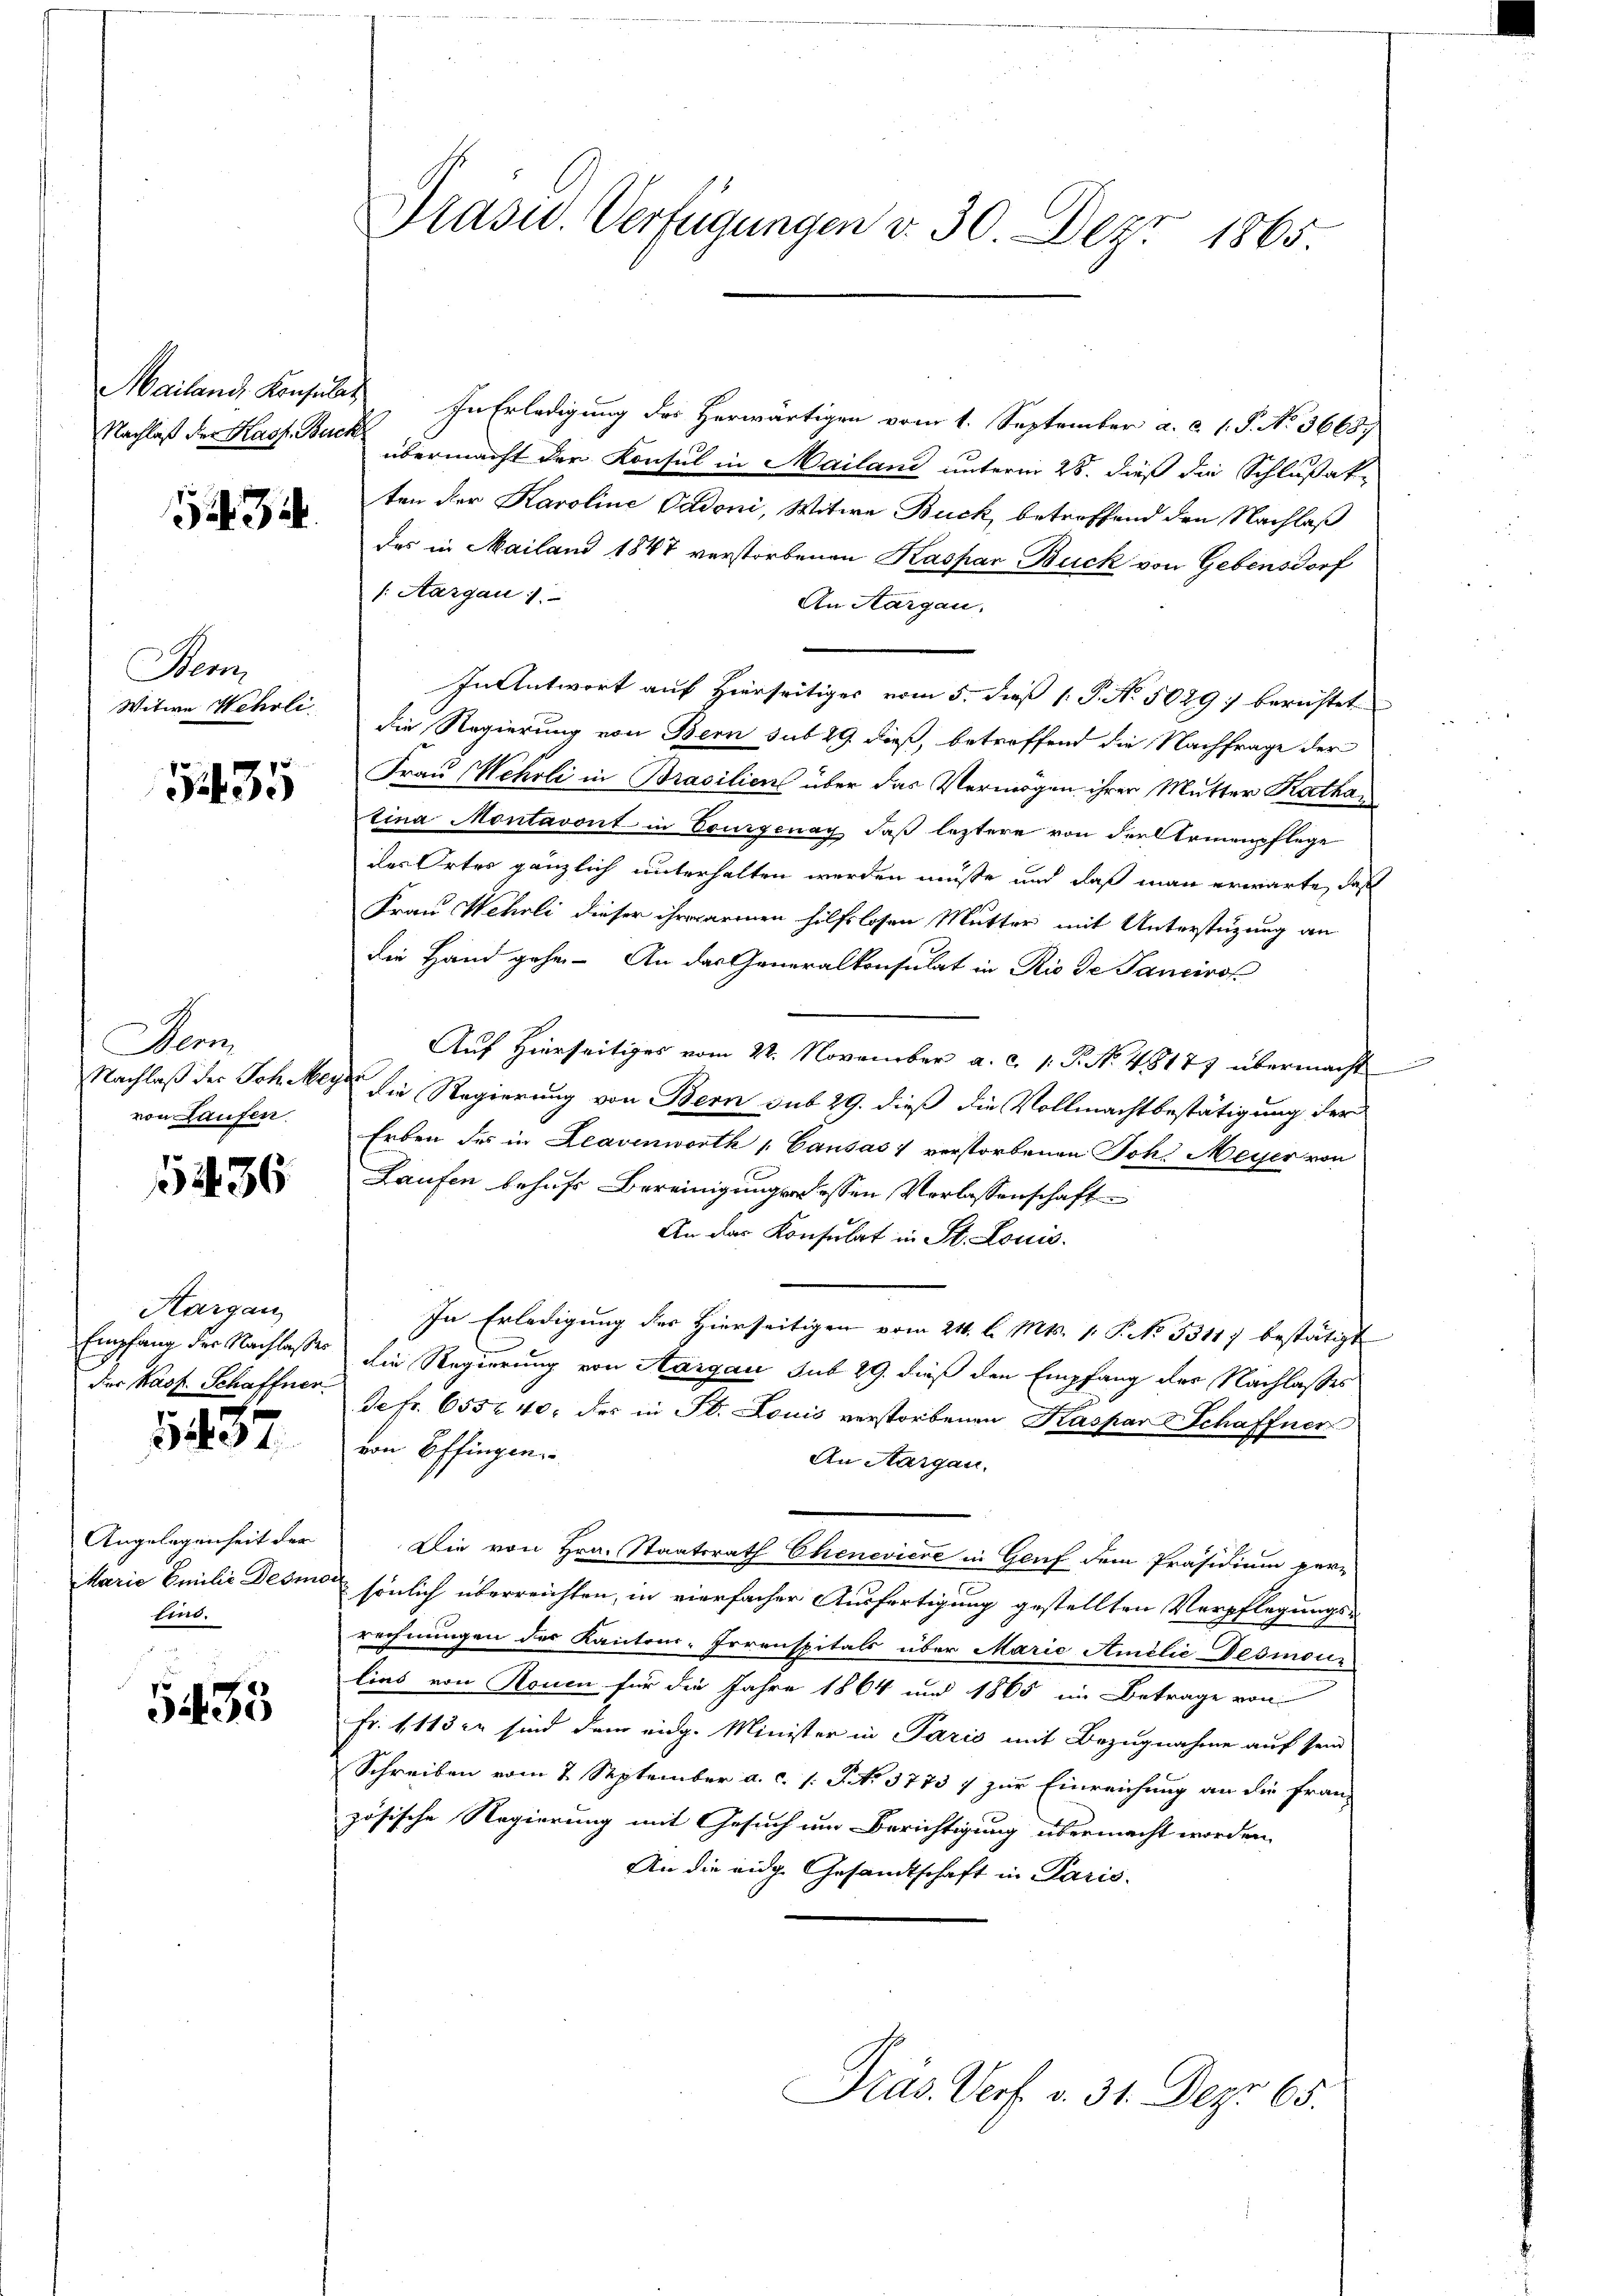
.

Hen
Witwe Wehrli

5435

Denn
Nachlaß der Joh. Mey
von Laufen.

12136

Hargau
Empfang der Nachlasser
der Kast. Schaffner

1437

Angelegenheit der
MMarie Emilie Desmo
Eino.

5433

Präsid. Verfügungen v. 30. Dez. 1865.

Mailand Konsulat In Erledigung des Herwärtigen vom 1. September a. c. 1. S. N. 3668.
Nachlaß der Kass. Becke übermacht der Konsul in Mailand unterm 25. dieß die Schlußak-
ten der Karoline Cadoni, Witwe Buck betreffend den Nachlaß
das in Mailand 1847 verstorbenen Kaspar Buck von Gebensdorf
/. Aargau.
An Aargau.
In Antwort auf Hierseitiges vom 5. dieß 1: P. No. 5029; berichtet
die Regierung von Bern sub 29. dieß, betreffend die Nachfrage der
Frau Wehrli in Brasilien über das Vermögen ihrer Mutter Kathan
tina Montavont in Courgenay, daß letztere von der Armenpflege
des Ortes gänzlich unterhalten werden müsse und daß man erwarte, daß
Frau Wehrli dieser ihrerarmen hilfslosen Mutter mit Unterstützung an
die Hand gehe. An das Generalkonsulat in Rio de Sancirof
Aŭf Hierseitiges vom 22. November a. c. 1. P. N. 48177 übermacht
die Regierung von Bern sub 29. dieß die Vollmachtbestätigung der
Erben des in Leavenworth " Causas, verstorbenen Joh. Meyer von
Laufen behufs Bereinigungs essen, Verlassenschaft
An das Konsulat in St. Louis.
In Erledigung des Hierseitigen vom 21. l. Mts. 1. P. No 33117 bestätigt
die Regierung von Aargau sub 29. dieß den Empfang der Nachlasses
defr. 655 40 des in St. Louis verstorbenen Kaspar Schaffner
von Offingen
An Aargau.
Die von Hrn. Staatsrath Chenevière in Genf dem Präsidium per-
sönlich überreichten, in vierfacher Ausfertigung gestellten Verpflegungs-
rechnungen des Kantons-Irrenspitals über Marie Amelić-Desmoin
lias von Rouen für die Jahre 1864 und 1865 im Betrage von
Fr. 1113 er sind dem eidg. Minister in Paris mit Bezugnahme auf sein
Schreiben vom 7. September a. c. s. S. 3773 7 zur Einreichung an die Französische Regierung mit Gesuch um Berichtigung übermacht worden.
An die eidg. Gesandtschaft in Paris.

Präs. Verf. v. 31. Dez. 65.